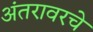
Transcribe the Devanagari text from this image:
अंतरावरचे